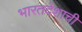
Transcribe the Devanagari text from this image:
भारतदेशाची